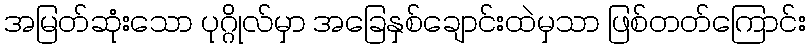
အမြတ်ဆုံးသော ပုဂ္ဂိုလ်မှာ အခြေနှစ်ချောင်းထဲမှသာ ဖြစ်တတ်ကြောင်း